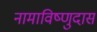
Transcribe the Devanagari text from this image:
नामाविष्णुदास